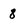
Character: 8